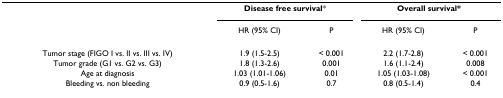
<table><thead><tr><td></td><td colspan="2"><b>Disease free survival*</b></td><td colspan="2"><b>Overall survival*</b></td></tr><tr><td></td><td><b>HR (95% CI)</b></td><td><b>P</b></td><td><b>HR (95% CI)</b></td><td><b>P</b></td></tr></thead><tbody><tr><td>Tumor stage (FIGO I vs. II vs. III vs. IV)</td><td>1.9 (1.5-2.5)</td><td>&lt; 0.001</td><td>2.2 (1.7-2.8)</td><td>&lt; 0.001</td></tr><tr><td>Tumor grade (G1 vs. G2 vs. G3)</td><td>1.8 (1.3-2.6)</td><td>0.001</td><td>1.6 (1.1-2.4)</td><td>0.008</td></tr><tr><td>Age at diagnosis</td><td>1.03 (1.01-1.06)</td><td>0.01</td><td>1.05 (1.03-1.08)</td><td>&lt; 0.001</td></tr><tr><td>Bleeding vs. non bleeding</td><td>0.9 (0.5-1.6)</td><td>0.7</td><td>0.8 (0.5-1.4)</td><td>0.4</td></tr></tbody></table>